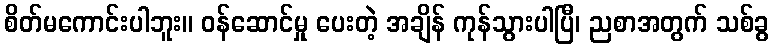
စိတ်မကောင်းပါဘူး။ ဝန်ဆောင်မှု ပေးတဲ့ အချိန် ကုန်သွားပါပြီ၊ ညစာအတွက် သစ်ခွ